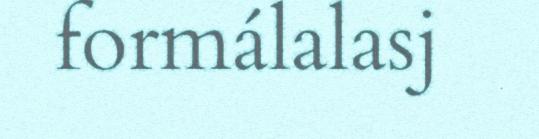
formálalasj